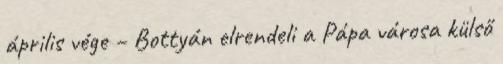
április vége – Bottyán elrendeli a Pápa városa külső